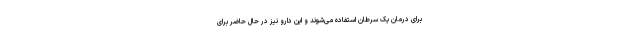
برای درمان یک سرطان استفاده می‌شوند و این دارو نیز در حال حاضر برای